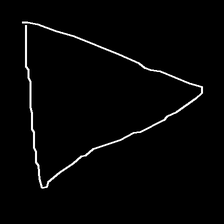
Glyph: convergence